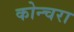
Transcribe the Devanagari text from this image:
कोन्चरा